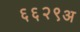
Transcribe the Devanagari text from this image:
६६२९अ